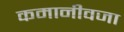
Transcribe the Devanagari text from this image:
कमानीवजा